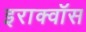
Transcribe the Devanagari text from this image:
इराक्वॉस